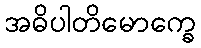
အဓိပါတိမောက္ခေ